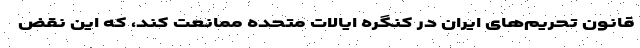
قانون تحریم‌های ایران در کنگره ایالات متحده ممانعت کند، که این نقض